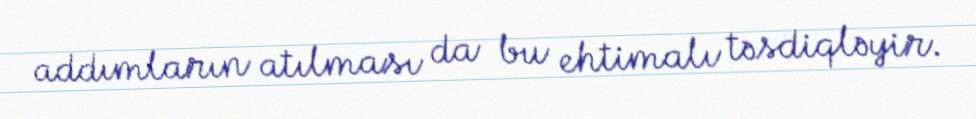
addımların atılması da bu ehtimalı təsdiqləyir.